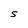
Character: S